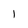
Character: 1